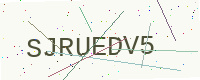
Text: SJRUEDV5